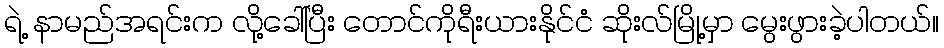
ရဲ့ နာမည်အရင်းက လို့ခေါ်ပြီး တောင်ကိုရီးယားနိုင်ငံ ဆိုးလ်မြို့မှာ မွေးဖွားခဲ့ပါတယ်။